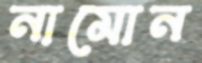
নামোন